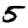
Digit: 5